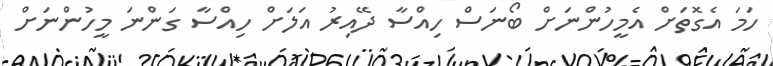
ހަމަ އެގޮތަށް އެމީހުންނަށް ބޯނަސް ހިއްސާ ދޭއިރު އަލަށް ހިއްސާ ގަންނަ މީހުންނަށް